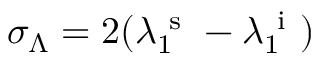
\sigma _ { \Lambda } = 2 ( \lambda _ { 1 } ^ { \mathrm { ~ s ~ } } - \lambda _ { 1 } ^ { \mathrm { ~ i ~ } } )